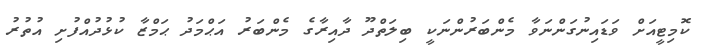
ކޮމިޓީއަށް ވަޑައިނުގަންނަވާ މެންބަރުންނަކީ ބިލަތްދޫ ދާއިރާގެ މެންބަރު އަޙްމަދު ޙަމްޒާ ކުޅުދުއްފުށި އުތުރު